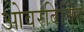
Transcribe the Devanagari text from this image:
ओवरबिलिंग